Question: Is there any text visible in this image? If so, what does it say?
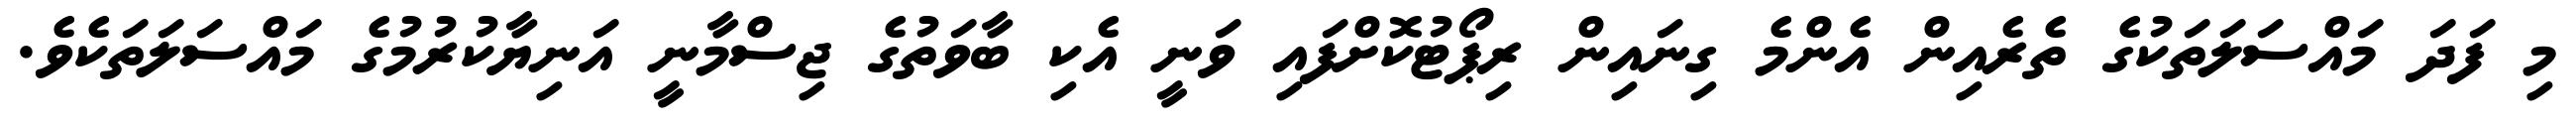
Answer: މި ފަދަ މައްސަލަތަކުގެ ތެރެއިން އެންމެ ގިނައިން ރިޕޯޓުކޮށްފައި ވަނީ އެކި ބާވަތުގެ ޖިސްމާނީ އަނިޔާކުރުމުގެ މައްސަލަތަކެވެ.